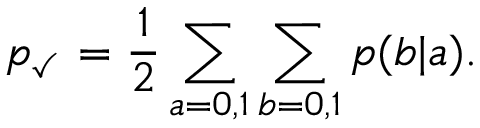
p _ { \checkmark } = \frac { 1 } { 2 } \sum _ { a = 0 , 1 } \sum _ { b = 0 , 1 } p ( b | a ) .